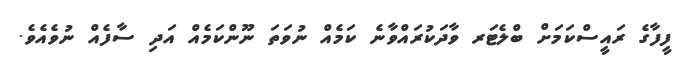
ފީފާގެ ރައީސްކަމަށް ބްލެޓަރ ވާދަކުރައްވާނެ ކަމެއް ނުވަތަ ނޫންކަމެއް އަދި ސާފެއް ނުވެއެވެ.